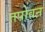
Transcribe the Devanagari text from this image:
तपोवऩ